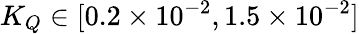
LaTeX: K_{Q}\in[0.2\times 10^{-2},1.5\times 10^{-2}]